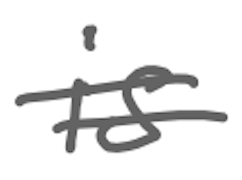
Text: is
Cross-out: double-line
Writing tool: digital_gray